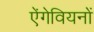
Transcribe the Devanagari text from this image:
ऐंगेवियनों